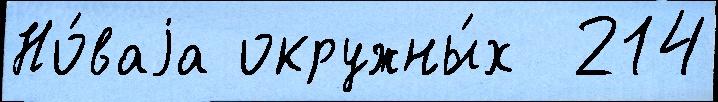
Но́ваjа окружны́х  214